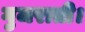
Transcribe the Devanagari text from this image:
गुजराती।